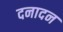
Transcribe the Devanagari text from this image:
दनादन